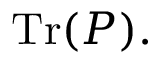
{ \mathrm { T r } } ( P ) .